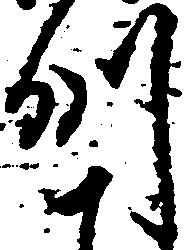
州